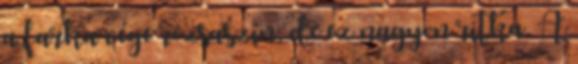
a farka vége rózsaszín, de ez nagyon ritka. A